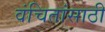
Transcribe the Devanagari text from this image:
वंचितांसाठी